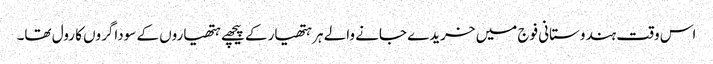
اس وقت ہندوستانی فوج میں خریدے جانے والے ہر ہتھیار کے پیچھے ہتھیاروں کے سوداگروں کا رول تھا۔